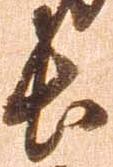
長